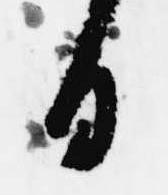
日